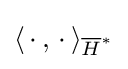
\langle \,\cdot \,,\,\cdot \,\rangle _{{\overline {H}}^{*}}